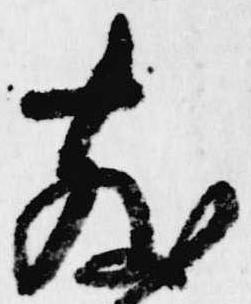
散